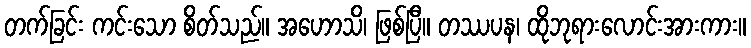
တက်ခြင်း ကင်းသော စိတ်သည်။ အဟောသိ၊ ဖြစ်ပြီ။ တဿပန၊ ထိုဘုရားလောင်းအားကား။